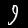
Digit: 9